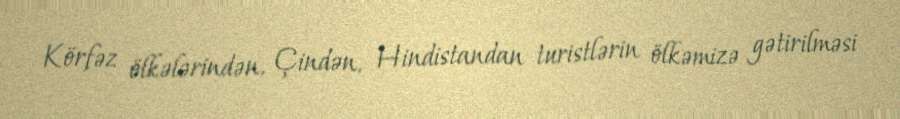
Körfəz ölkələrindən, Çindən, Hindistandan turistlərin ölkəmizə gətirilməsi